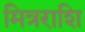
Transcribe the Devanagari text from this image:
मित्रराशि